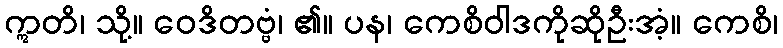
ဣတိ၊ သို့။ ဝေဒိတဗ္ဗံ၊ ၏။ ပန၊ ကေစိဝါဒကိုဆိုဦးအံ့။ ကေစိ၊